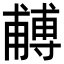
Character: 𭺼